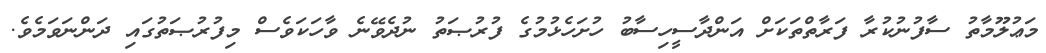
މަޢުލޫމާތު ސާފުނުކުރާ ފަރާތްތަކަށް އަންދާސީހިސާބު ހުށަހެޅުމުގެ ފުރުޞަތު ނުދެވޭނެ ވާހަކަވެސް މިފުރުޞަތުގައި ދަންނަވަމެވެ.